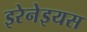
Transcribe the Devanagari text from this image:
इरेनेइयस